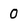
Character: 0